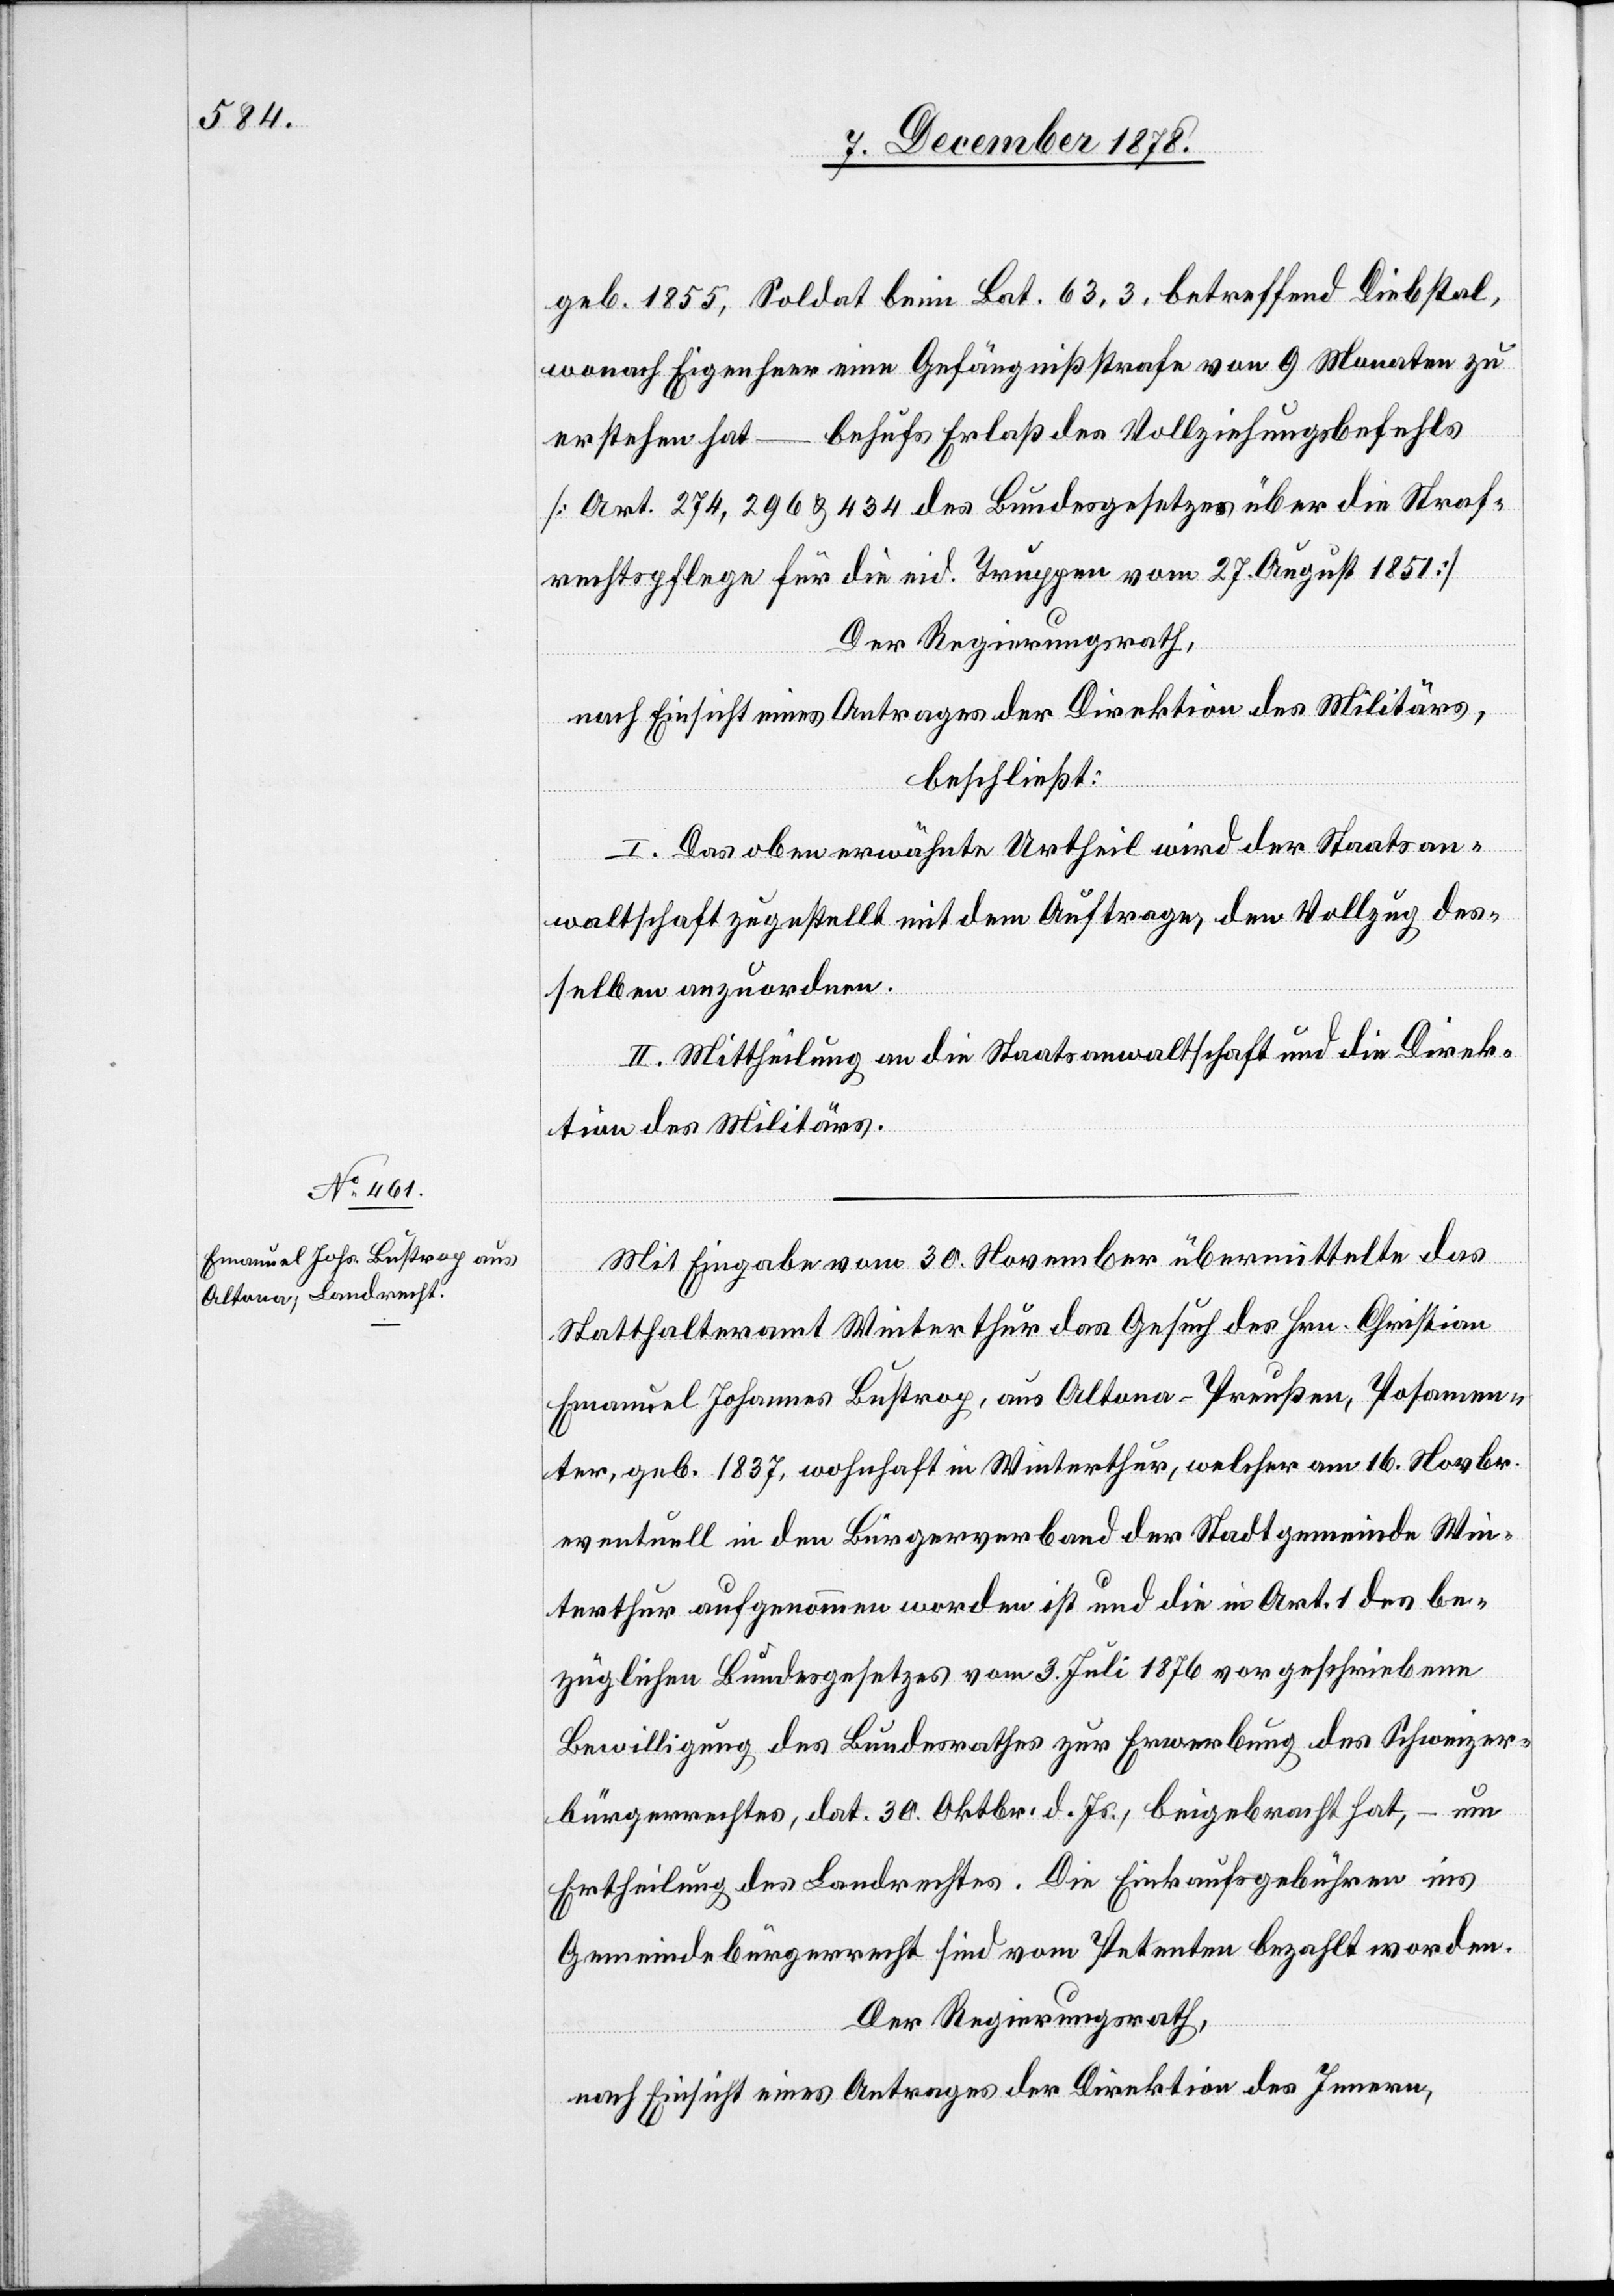
geb. 1855, Soldat beim Bat. 63,3. betreffend Diebstal,
wonach Eigenheer eine Gefängnißstrafe von 9 Monaten zu
erstehen hat – behufs Erlaß des Vollziehungsbefehls
[Art. 274, 296 & 434 des Bundesgesetzes über die Straf¬
rechtspflege für die eid. Truppen vom 27. August 1851].
Der Regierungsrath,
nach Einsicht eines Antrages der Direktion des Militärs,
beschließt:
I. Das obenerwähnte Urtheil wird der Staatsan¬
waltschaft zugestellt mit dem Auftrage, den Vollzug des¬
selben anzuordnen.
II. Mittheilung an die Staatsanwaltschaft und die Direk¬
tion des Militärs.
Mit Eingabe vom 30. November übermittelte das
Statthalteramt Winterthur das Gesuch des Hrn. Christian
Emanuel Johannes Butrop, aus Altona - Preußen, Posamen¬
ter, geb. 1837, wohnhaft in Winterthur, welcher am 16. Novbr.
eventuell in den Bürgerverband der Stadtgemeinde Win¬
terthur aufgenommen worden ist und die in Art. 1 des be¬
züglichen Bundesgesetzes vom 3. Juli 1876 vorgeschriebene
Bewilligung des Bundesrathes zur Erwerbung des Schweizer¬
bürgerrechtes, dat. 30. Oktbr. d. Js., beigebracht hat, – um
Ertheilung des Landrechtes. Die Einkaufsgebühren ins
Gemeindebürgerrecht sind vom Petenten bezahlt worden.
Der Regierungsrath,
nach Einsicht eines Antrages der Direktion des Innern,